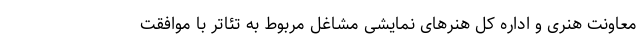
معاونت هنری و اداره کل هنر‌های نمایشی مشاغل مربوط به تئاتر با موافقت